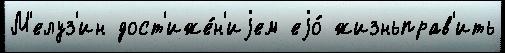
М'елуз'ин дост'иже́н'иjем еjо́ жизньправ'ить